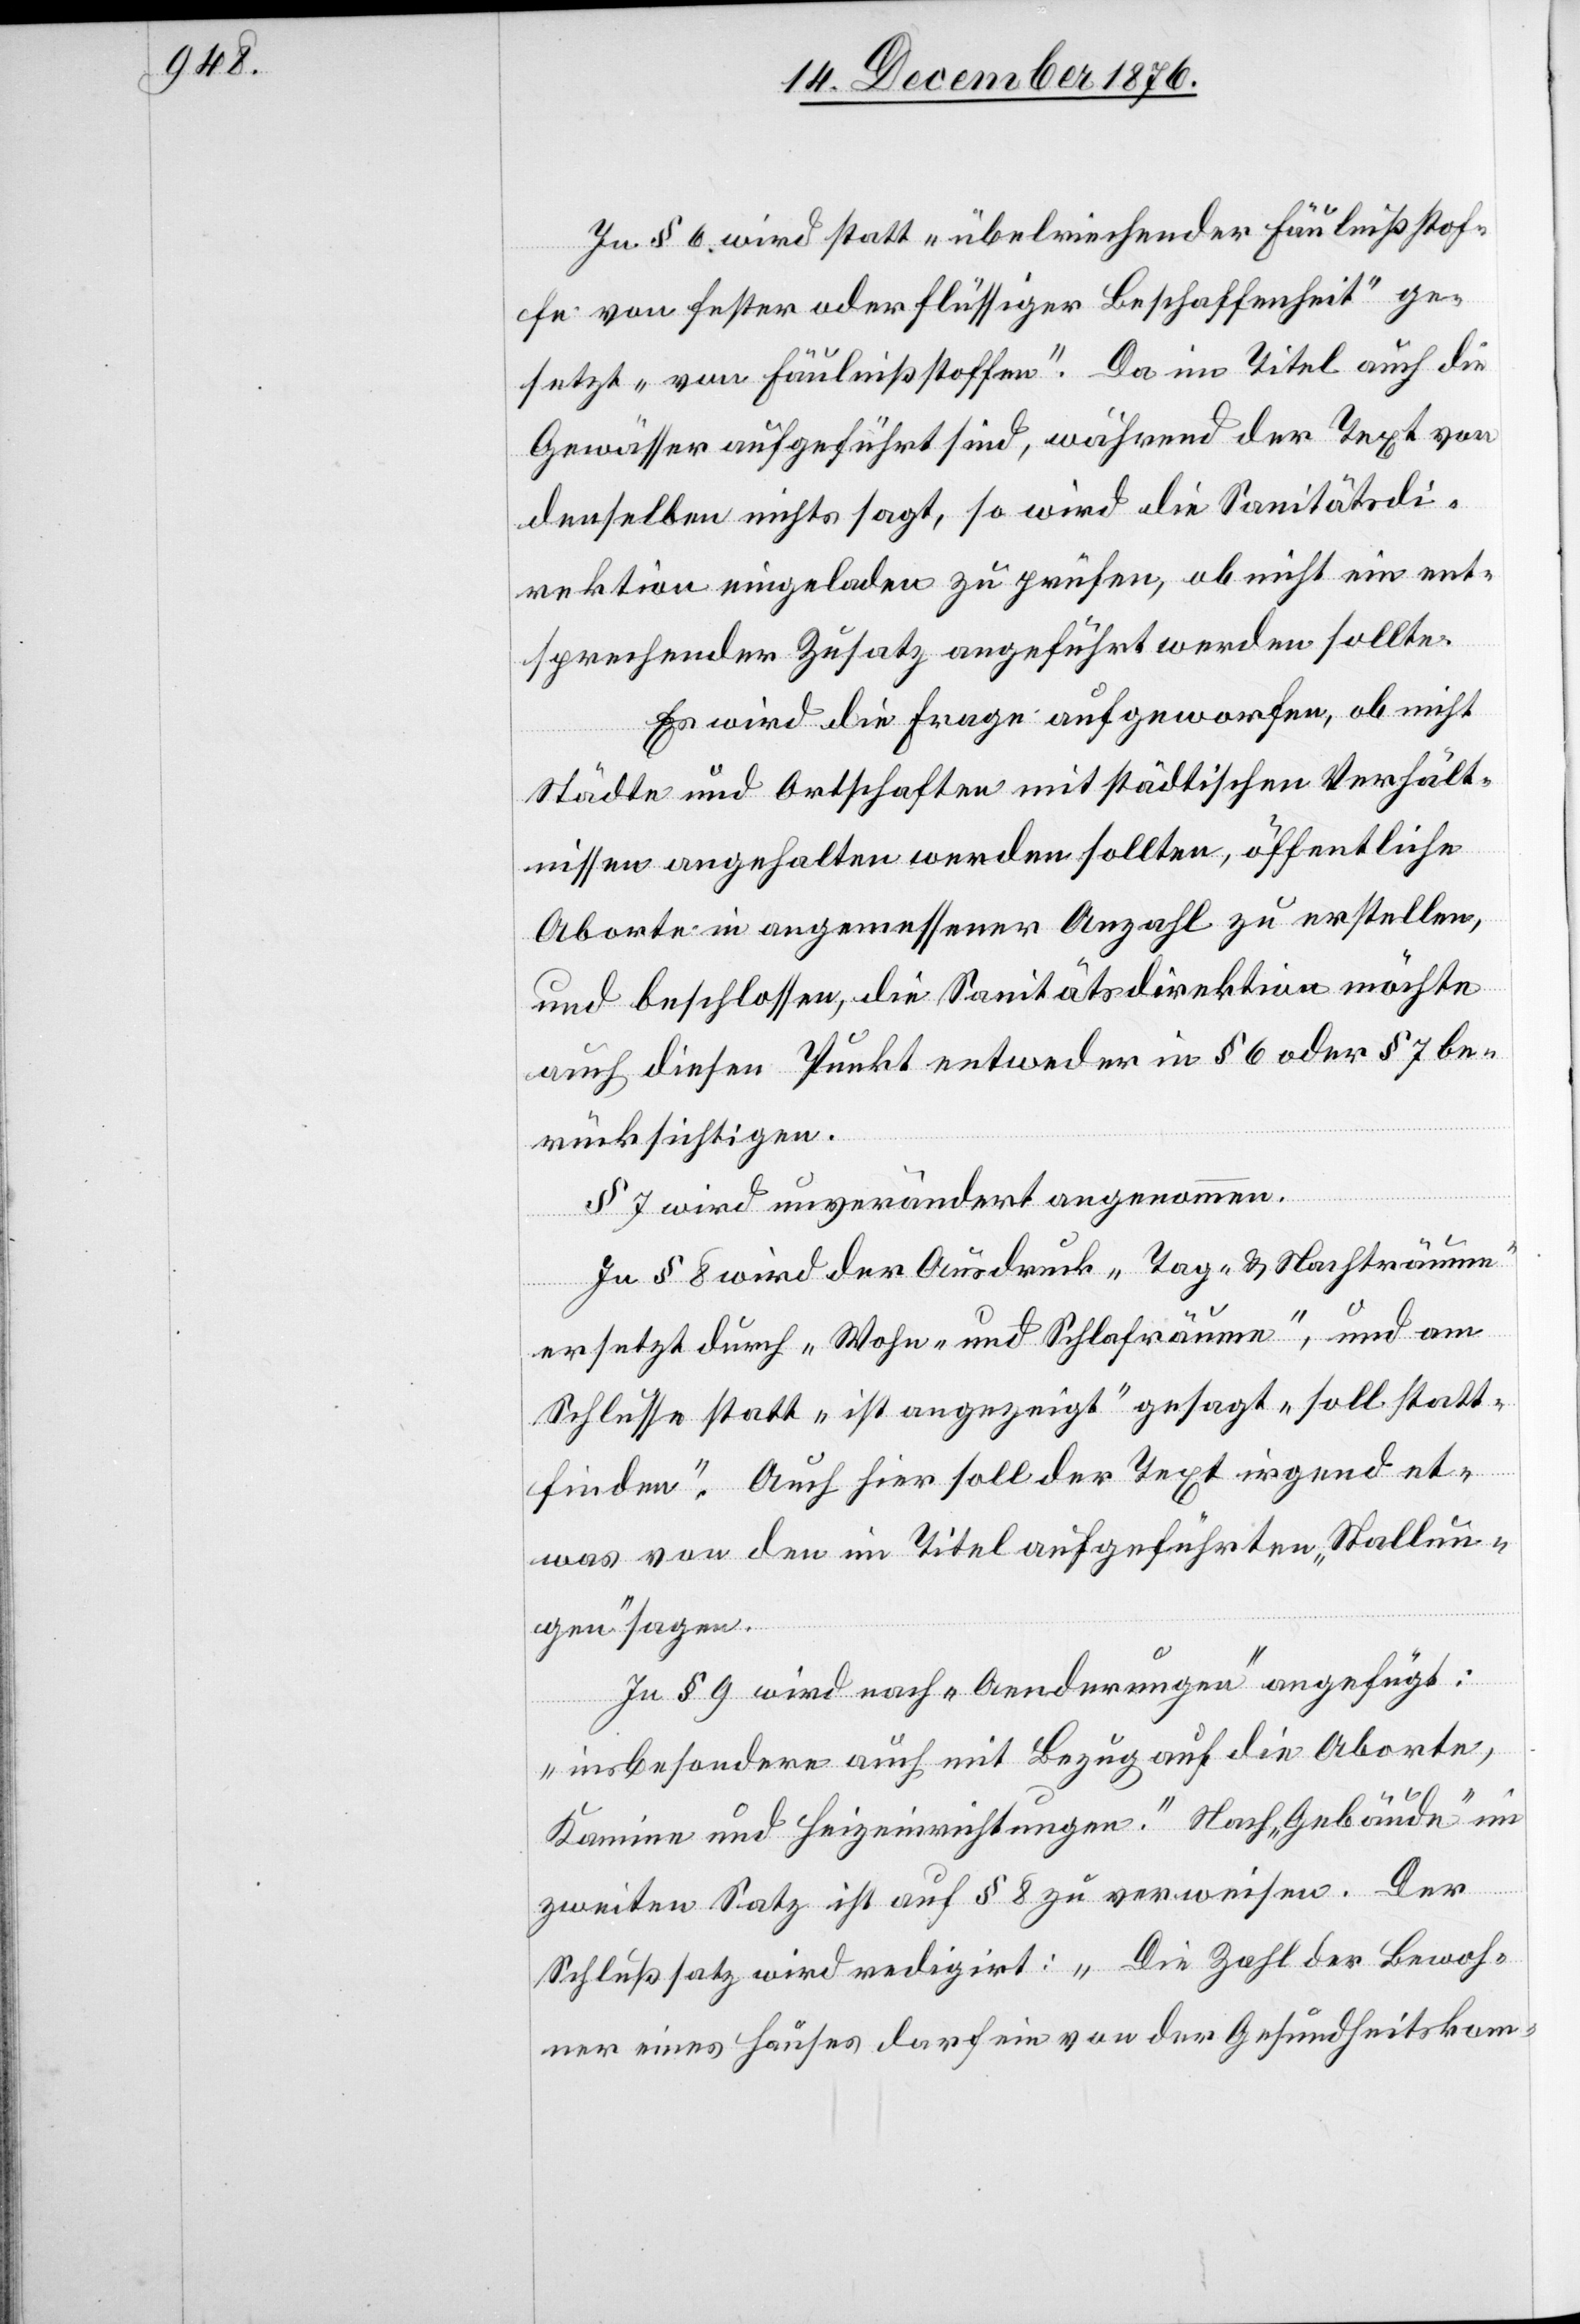
In § 6 wird statt „übelriechender Fäulnißstof¬
fe von fester oder flüssiger Beschaffenheit“ ge¬
setzt „von Fäulnißstoffen“. Da im Titel auch die
Gewässer aufgeführt sind, während der Text von
denselben nichts sagt, so wird die Sanitätsdi¬
rektion eingeladen zu prüfen, ob nicht ein ent¬
sprechender Zusatz angeführt werden sollte.
Es wird die Frage aufgeworfen, ob nicht
Städte und Ortschaften mit städtischen Verhält¬
nissen angehalten werden sollten, öffentliche
Aborte in angemessener Anzahl zu erstellen,
und beschlossen, die Sanitätsdirektion möchte
auch diesen Punkt entweder in § 6 oder § 7 be¬
rücksichtigen.
§ 7 wird unverändert angenommen.
In § 8 wird der Ausdruck „Tag- & Nachträume“
ersetzt durch „Wohn- und Schlafräume“, und am
Schlusse statt „ist angezeigt“ gesagt „soll statt¬
finden“. Auch hier soll der Text irgend et¬
was von den im Titel aufgeführten „Stallun¬
gen“ sagen.
In § 9 wird nach „Aenderungen“ angefügt:
„insbesondere auch mit Bezug auf die Aborte,
Kamine und Heimeinrichtungen.“ Nach „Gebäude“ im
zweiten Satz ist auf § 8 zu verweisen. Der
Schlußsatz wird redigirt: „Die Zahl der Bewoh¬
ner eines Hauses darf ein von der Gesundheitskom-